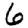
Digit: 6